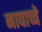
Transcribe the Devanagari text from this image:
नावाच्चे